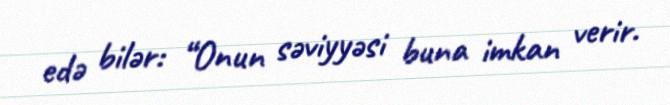
edə bilər: “Onun səviyyəsi buna imkan verir.